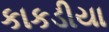
કાકડીયા